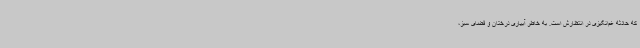
که حادثه غم‌انگیزی در انتظارش است. به خاطر آبیاری درختان و فضای سبز،